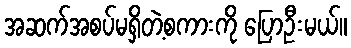
အဆက်အစပ်မရှိတဲ့စကားကို ပြောဦးမယ်။